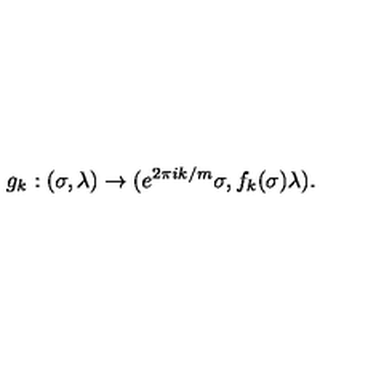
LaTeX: g _ { k } : ( \sigma , \lambda ) \rightarrow ( e ^ { 2 \pi i k / m } \sigma , f _ { k } ( \sigma ) \lambda ) .